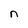
Character: n